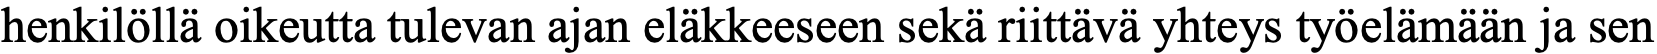
henkilöllä oikeutta tulevan ajan eläkkeeseen sekä riittävä yhteys työelämään ja sen